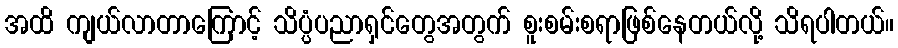
အထိ ကျယ်လာတာကြောင့် သိပ္ပံပညာရှင်တွေအတွက် စူးစမ်းစရာဖြစ်နေတယ်လို့ သိရပါတယ်။